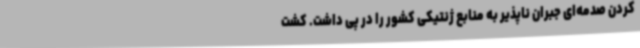
کردن صدمه‌ای جبران ناپذیر به منابع ژنتیکی کشور را در پی داشت. کشت